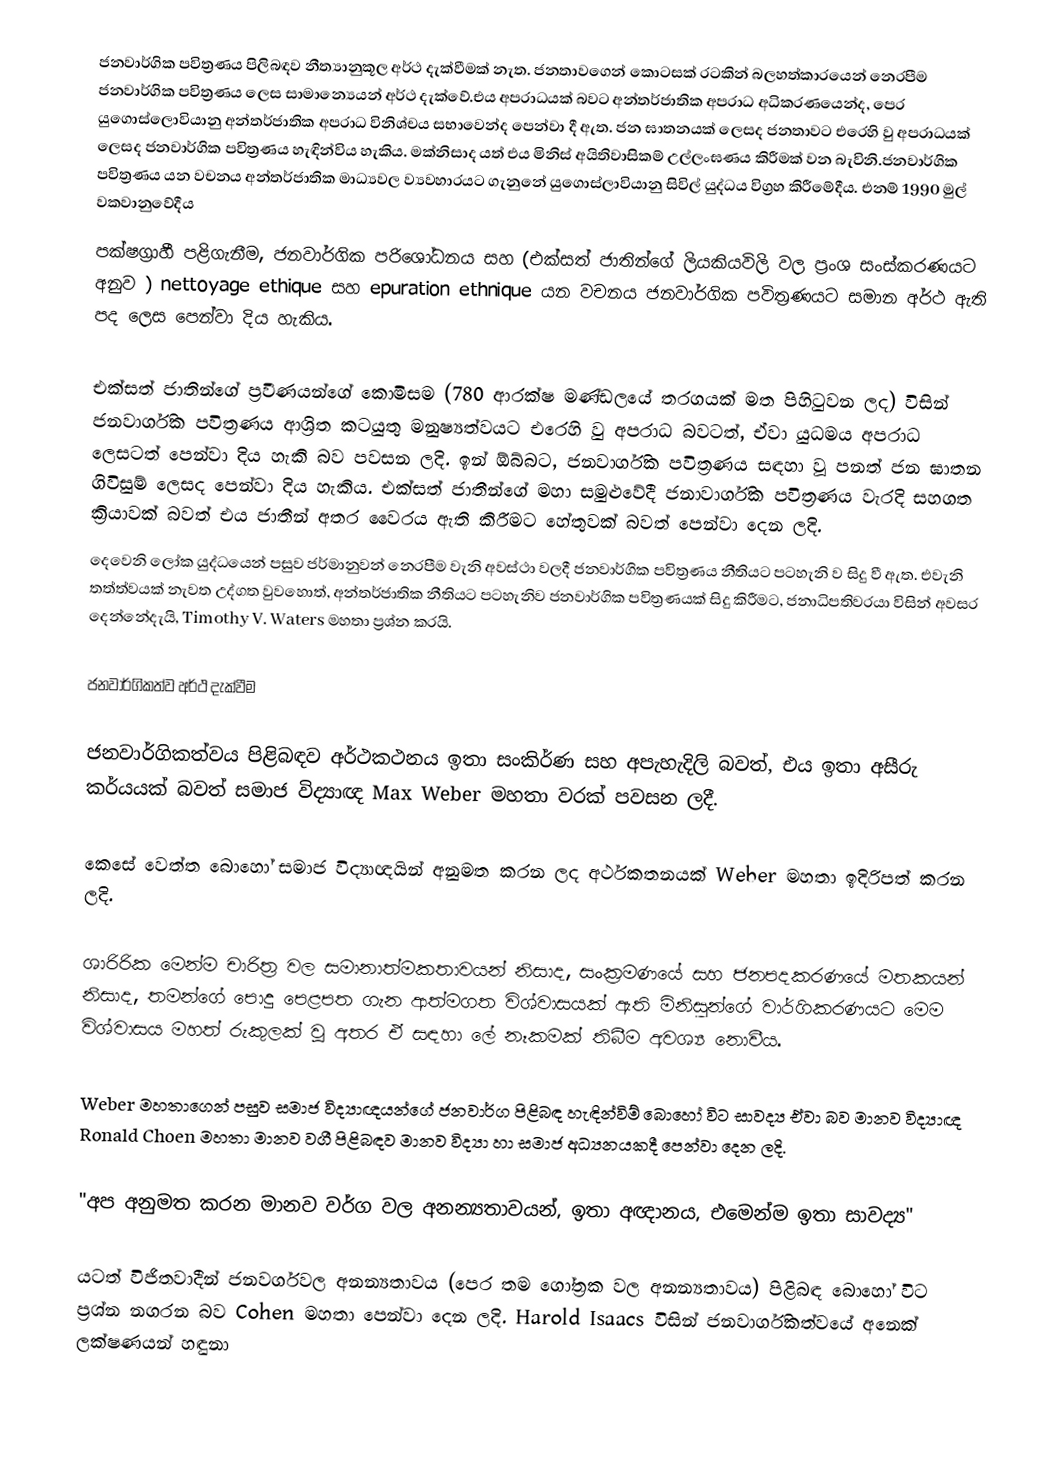
ජනවාර්ගික පවිත්‍රණය පිලිබඳව නීත්‍යානුකූල අර්ථ දැක්වීමක් නැත. ජනතාවගෙන් කොටසක් රටකින් බලහත්කාරයෙන් නෙරපීම ජනවාර්ගික පවිත්‍රණය ලෙස සාමාන්‍යෙයන්  අර්ථ දැක්වේ.එය අපරාධයක් බවට අන්තර්ජාතික අපරාධ අධිකරණයෙන්ද, පෙර යුගොස්ලොවියානු අන්තර්ජාතික අපරාධ විනිශ්චය සභාවෙන්ද පෙන්වා දී ඇත. ජන ඝාතනයක් ලෙසද ජනතාවට එරෙහි වු අපරාධයක් ලෙසද ජනවාර්ගික පවිත්‍රණය හැඳින්විය හැකිය. මක්නිසාද යත් එය මිනිස් අයිතිවාසිකම් උල්ලංඝණය කිරීමක් වන බැවිනි.ජනවාර්ගික පවිත්‍රණය යන වචනය අන්තර්ජාතික මාධ්‍යවල ව්‍යවහාරයට ගැනුනේ යුගොස්ලාවියානු සිවිල් යුද්ධය විග්‍රහ කිරීමේදීය. එනම් 1990 මුල් වකවානුවේදීය
පක්ෂග්‍රාහී පළිගැනීම, ජනවාර්ගික පරිශෝධනය සහ (එක්සත් ජාතින්ගේ ලියකියවිලි වල ප්‍රංශ සංස්කරණයට අනුව ) nettoyage ethique සහ epuration ethnique යන වචනය ජනවාර්ගික පවිත්‍රණයට සමාන අර්ථ ඇති පද ලෙස පෙන්වා දිය හැකිය.

එක්සත් ජාතින්ගේ ප්‍රවීණයන්ගේ කොමිසම (780 ආරක්ෂ මණ්ඩලයේ තරගයක් මත පිහිටුවන ලද) විසින් ජනවාර්ගික පවිත්‍රණය ආශ්‍රිත කටයුතු මනුෂ්‍යත්වයට එරෙහි වු අපරාධ බවටත්, ඒවා යුධමය අපරාධ ලෙසටත් පෙන්වා දිය හැකි බව පවසන ලදි. ඉන් ඕබ්බට, ජනවාර්ගික පවිත්‍රණය සඳහා වූ පනත් ජන ඝාතන ගිවිසුම් ලෙසද පෙන්වා දිය හැකිය. එක්සත් ජාතීන්ගේ මහා සමුළුවේදී ජනාවාර්ගික පවිත්‍රණය වැරදි සහගත ක්‍රියාවක් බවත් එය ජාතීන් අතර වෛරය ඇති කිරීමට හේතුවක් බවත් පෙන්වා දෙන ලදි.
දෙවෙනි ලෝක යුද්ධයෙන් පසුව ජර්මානුවන් නෙරපීම වැනි අවස්ථා වලදී ජනවාර්ගික පවිත්‍රණය නීතියට පටහැනි ව සිදු වී ඇත.  එවැනි තත්ත්වයක් නැවත උද්ගත වුවහොත්, අන්තර්ජාතික නීතියට පටහැනිව ජනවාර්ගික පවිත්‍රණයක් සිදු කිරීමට, ජනාධිපතිවරයා විසින්  අවසර දෙන්නේදැයි, Timothy V. Waters මහතා  ප්‍රශ්න කරයි.

ජනවාර්ගිකත්ව අර්ථ දැක්වීම

ජනවාර්ගිකත්වය පිළිබඳව අර්ථකථනය ඉතා සංකිර්ණ සහ අපැහැදිලි බවත්, එය ඉතා අසීරු කර්යයක් බවත් සමාජ විද්‍යාඥ Max Weber මහතා වරක් පවසන ලදී.

කෙසේ වෙත්ත බොහෝ සමාජ විද්‍යාඥයින් අනුමත කරන ලද අර්ථකතනයක් Weber මහතා ඉදිරිපත් කරන ලදි.

ශාරිරික මෙන්ම චාරිත්‍ර වල සමානාත්මකතාවයන් නිසාද, සංක්‍රමණයේ සහ ජනපදකරණයේ මතකයන් නිසාද, තමන්ගේ පොදු පෙළපත ගැන ආත්මගත විශ්වාසයක් ඇති මිනිසුන්ගේ වාර්ගිකරණයට මෙම විශ්වාසය මහත් රුකුලක් වූ අතර ඒ සඳහා ලේ නෑකමක් තිබීම අවශ්‍ය නොවීය.

Weber මහතාගෙන් පසුව සමාජ විද්‍යාඥයන්ගේ ජනවාර්ග පිළිබඳ හැඳින්විම් බොහෝ විට සාවද්‍ය ඒවා බව මානව විද්‍යාඥ Ronald Choen මහතා ‍මානව වගී පිළිබඳව මානව විද්‍යා හා සමාජ අධ්‍යනයකදී පෙන්වා දෙන ලදි.

"අප අනුමත කරන මානව වර්ග වල අනන්‍යතාවයන්, ඉතා අඥානය, එමෙන්ම ඉතා සාවද්‍ය"

යටත් විජිතවාදීන් ජනවර්ගවල අනන්‍යතාවය (පෙර තම ගෝත්‍රක වල අනන්‍යතාවය) පිළිබඳ බොහෝ විට ප්‍රශ්න නගරන බව Cohen මහතා පෙන්වා දෙන ලදි. Harold Isaacs  විසින් ජනවාර්ගිකත්වයේ අනෙක් ලක්ෂණයන් හඳුනා